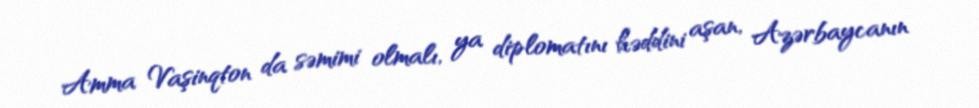
Amma Vaşinqton da səmimi olmalı, ya diplomatını həddini aşan, Azərbaycanın